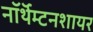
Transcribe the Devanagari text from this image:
नॉर्थॅम्टनशायर